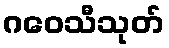
ဂဝေသီသုတ်